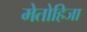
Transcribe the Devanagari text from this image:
मेतोहिजा